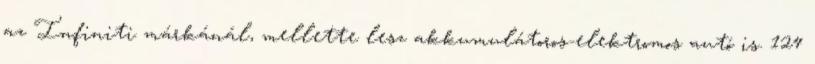
az Infiniti márkánál, mellette lesz akkumulátoros-elektromos autó is. 124